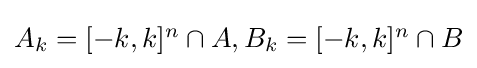
{\textstyle A_{k}=[-k,k]^{n}\cap A,B_{k}=[-k,k]^{n}\cap B}